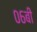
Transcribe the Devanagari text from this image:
०६बी